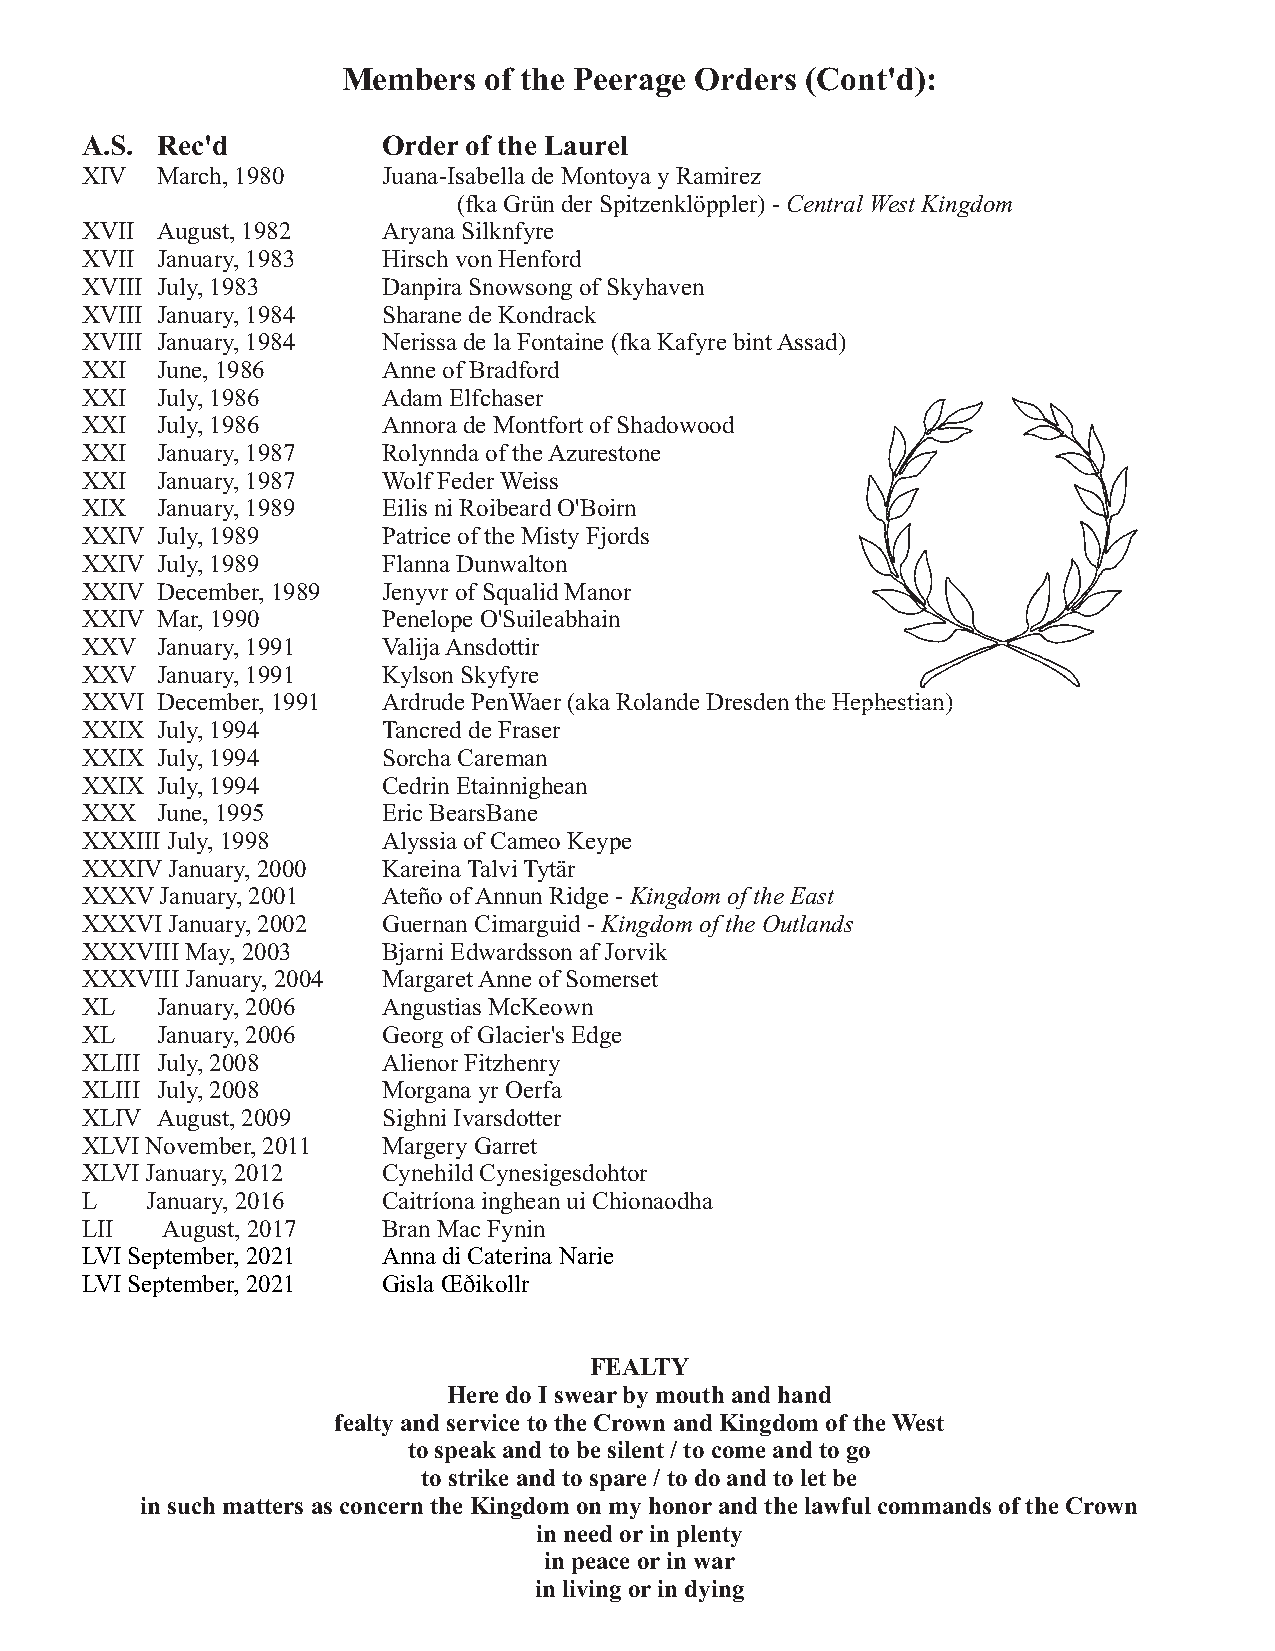
Members  of the Peerage Orders (Cont'd):
 A.S. Rec'd          Order of the Laurel
 XIV  March, 1980    Juana-Isabella de Montoya y Ramirez
 (fka Grün der Spitzenklöppler) - Central West Kingdom
 XVII August, 1982   Aryana Silknfyre
 XVII January, 1983  Hirsch von Henford
 XVIII July, 1983    Danpira Snowsong of Skyhaven
 XVIII January, 1984 Sharane de Kondrack
 XVIII January, 1984 Nerissa de la Fontaine (fka Kafyre bint Assad)
 XXI  June, 1986     Anne of Bradford
 XXI  July, 1986     Adam Elfchaser
 XXI  July, 1986     Annora de Montfort of Shadowood
 XXI  January, 1987  Rolynnda of the Azurestone
 XXI  January, 1987  Wolf Feder Weiss
 XIX  January, 1989  Eilis ni Roibeard O'Boirn
 XXIV July, 1989     Patrice of the Misty Fjords
 XXIV July, 1989     Flanna Dunwalton
 XXIV December, 1989 Jenyvr of Squalid Manor
 XXIV Mar, 1990      Penelope O'Suileabhain
 XXV  January, 1991  Valija Ansdottir
 XXV  January, 1991  Kylson Skyfyre
 XXVI December, 1991 Ardrude PenWaer (aka Rolande Dresden the Hephestian)
 XXIX July, 1994     Tancred de Fraser
 XXIX July, 1994     Sorcha Careman
 XXIX July, 1994     Cedrin Etainnighean
 XXX  June, 1995     Eric BearsBane
 XXXIII July, 1998   Alyssia of Cameo Keype
 XXXIV January, 2000 Kareina Talvi Tytär
 XXXV  January, 2001 Ateño of Annun Ridge - Kingdom of the East
 XXXVI January, 2002 Guernan Cimarguid - Kingdom of the Outlands
 XXXVIII May, 2003   Bjarni Edwardsson af Jorvik
 XXXVIII January, 2004 Margaret Anne of Somerset
 XL   January, 2006  Angustias McKeown
 XL   January, 2006  Georg of Glacier's Edge
 XLIII July, 2008    Alienor Fitzhenry
 XLIII July, 2008    Morgana yr Oerfa
 XLIV August, 2009   Sighni Ivarsdotter
 XLVI November, 2011 Margery Garret
 XLVI January, 2012  Cynehild Cynesigesdohtor
 L    January, 2016  Caitríona inghean ui Chionaodha
 LII   August, 2017  Bran Mac Fynin
 LVI September, 2021 Anna di Caterina Narie
 LVI September, 2021 Gisla Œðikollr
 FEALTY
 Here do I swear by mouth and hand
 fealty and service to the Crown and Kingdom of the West
 to speak and to be silent / to come and to go
 to strike and to spare / to do and to let be
 in such matters as concern the Kingdom on my honor and the lawful commands of the Crown
 in need or in plenty
 in peace or in war
 in living or in dying